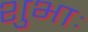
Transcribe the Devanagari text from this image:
शुभाः